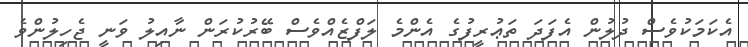
އެކަމަކުވެސް ދުލުން އެފަދަ ތަޢުރީފުގެ އެންމެ ލަފްޒެއްވެސް ބޭރުކުރަން ނާއިލު ވަނީ ޖެހިލުންވެ